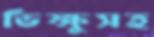
ভিক্ষুসহ